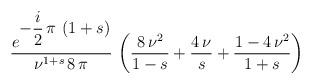
LaTeX: \begin{align*}\begin{array}{c}\displaystyle{ \frac{ e^{\displaystyle{-\frac{ i }{2}\,\pi \,\left( 1 + s \right) } }} {{\nu}^{1 + s}\,8\, \pi }}\, \left( \frac{8\,{\nu}^2}{1 - s} + \frac{4\,\nu}{s} + \frac{1 - 4\,{\nu}^2}{1 + s} \right)\end{array}\end{align*}